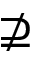
\nsupseteq